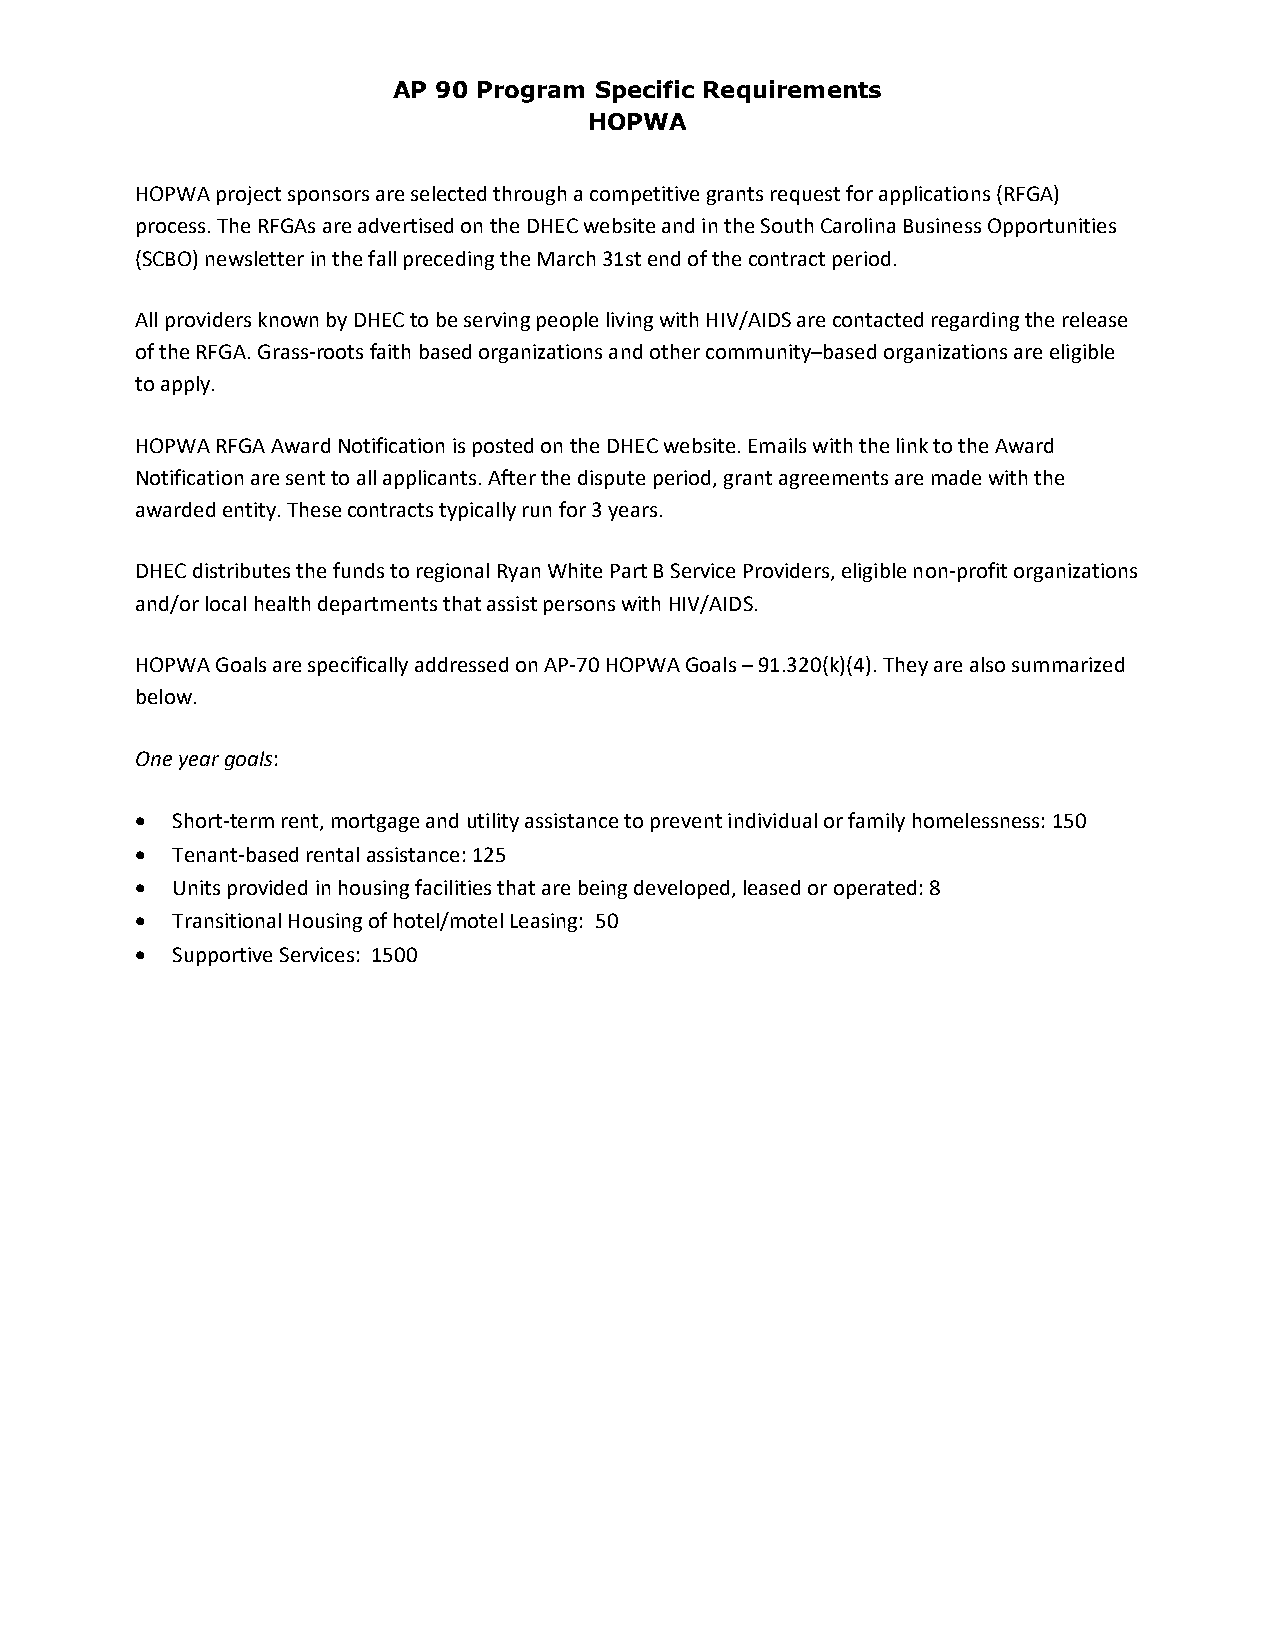
AP 90 Program Specific Requirements
 HOPWA
 HOPWA project sponsors are selected through a competitive grants request for applications (RFGA)
 process. The RFGAs are advertised on the DHEC website and in the South Carolina Business Opportunities
 (SCBO) newsletter in the fall preceding the March 31st end of the contract period.
 All providers known by DHEC to be serving people living with HIV/AIDS are contacted regarding the release
 of the RFGA. Grass‐roots faith based organizations and other community–based organizations are eligible
 to apply.
 HOPWA RFGA Award Notification is posted on the DHEC website. Emails with the link to the Award
 Notification are sent to all applicants. After the dispute period, grant agreements are made with the
 awarded entity. These contracts typically run for 3 years.
 DHEC distributes the funds to regional Ryan White Part B Service Providers, eligible non‐profit organizations
 and/or local health departments that assist persons with HIV/AIDS.
 HOPWA Goals are specifically addressed on AP‐70 HOPWA Goals – 91.320(k)(4). They are also summarized
 below.
 One year goals:
  Short‐term rent, mortgage and utility assistance to prevent individual or family homelessness: 150
  Tenant‐based rental assistance: 125
  Units provided in housing facilities that are being developed, leased or operated: 8
  Transitional Housing of hotel/motel Leasing: 50
  Supportive Services: 1500